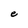
Character: e